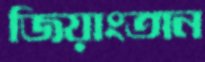
জিয়াংতান